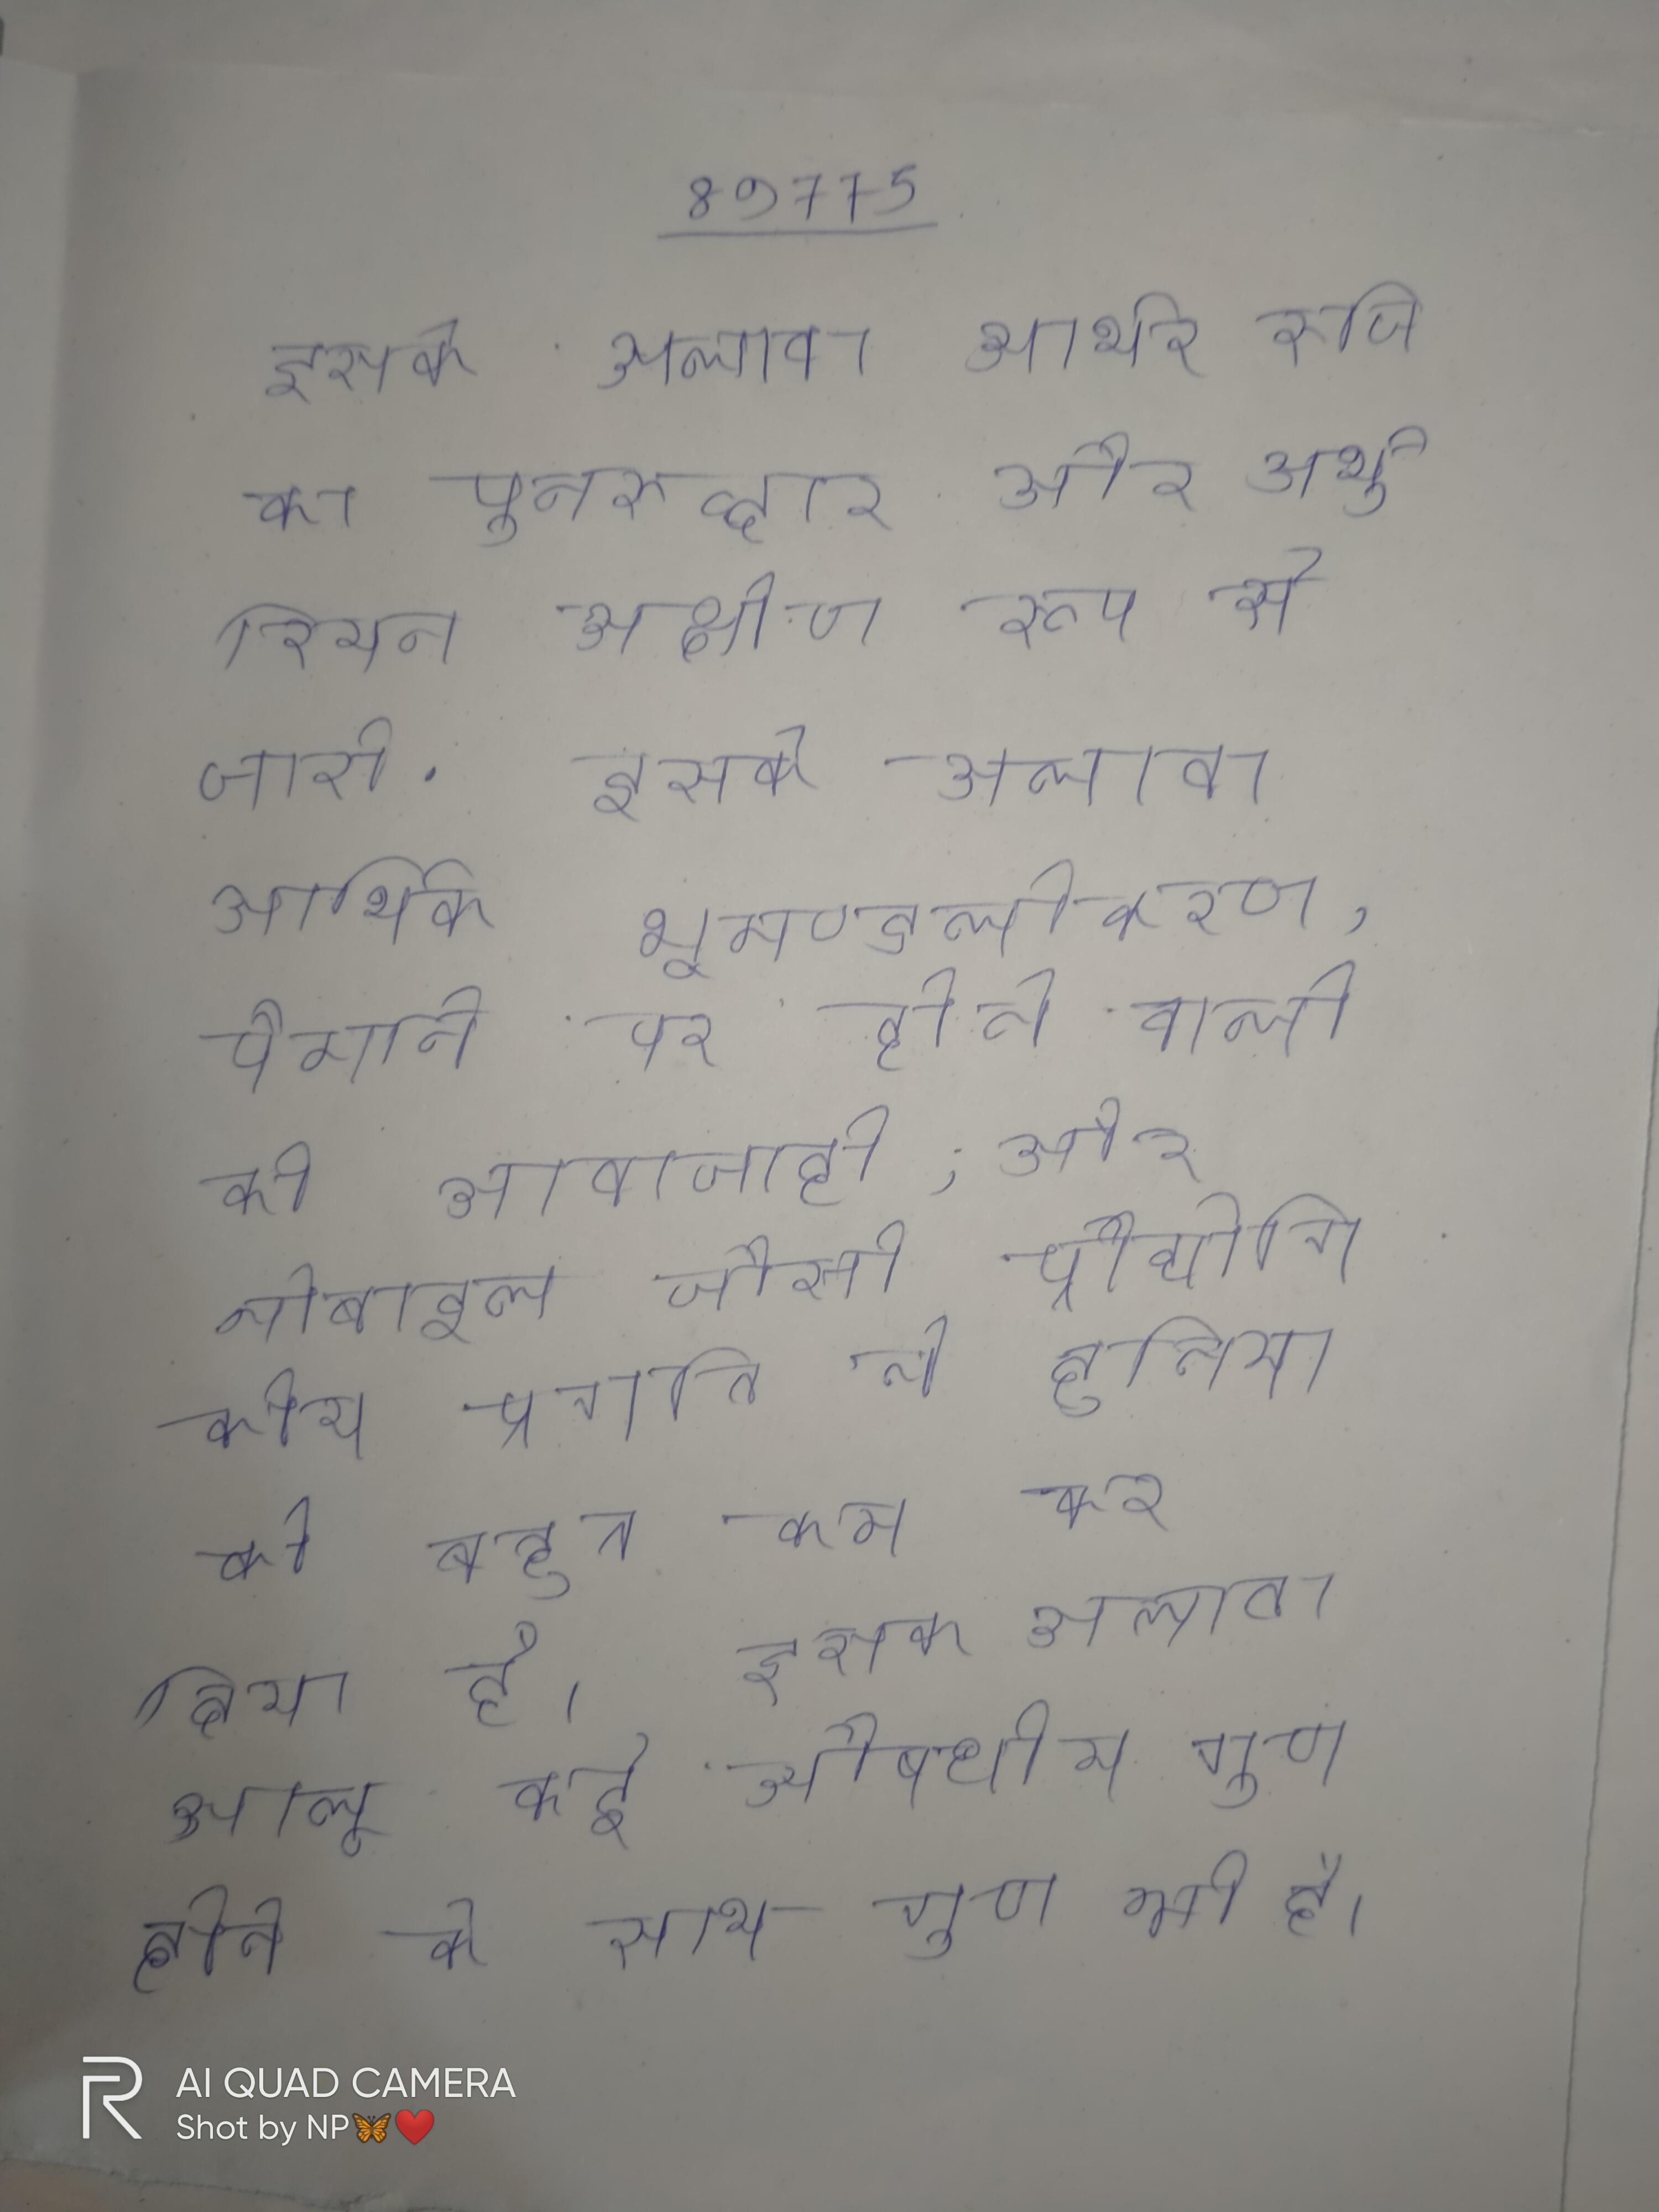
इसके अलावा आर्थर रुचि का पुनरुद्धार और अर्थुरियन अक्षीण रूप से जारी . इसके अलावा आर्थिक भूमण्डलीकरण, पैमाने पर होने वाली की आवाजाही, और मोबाइल जैसी प्रौद्योगिकीय प्रगति ने दुनिया को बहुत कम कर दिया है । इसके अलावा आलू कई औषधीय गुण होने के साथ गुण भी है जैसे यदि त्वचा का कोई भाग जल जाता है उस पर कच्चा आलू कुचलकर लगा देने से आराम मिलता है ।